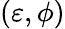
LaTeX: (\varepsilon,\phi)